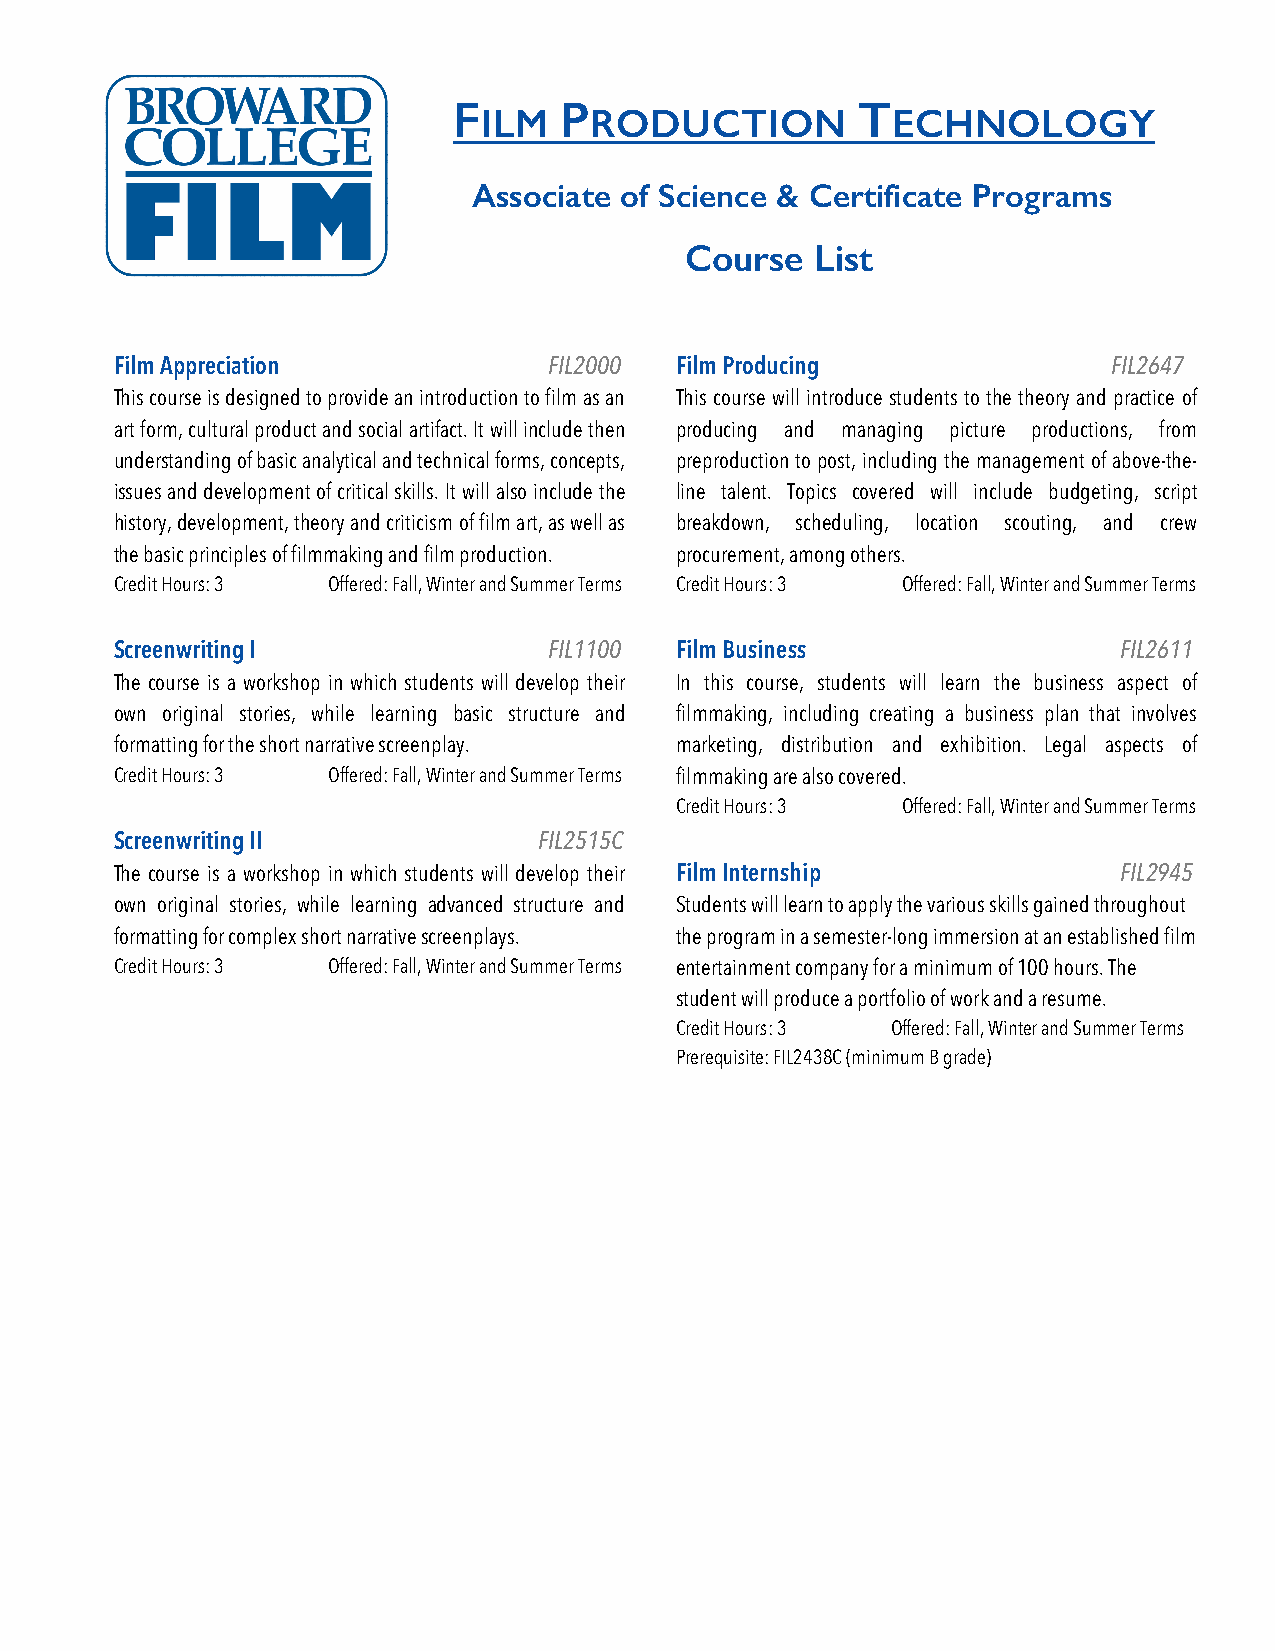
F      P                   T
 ILM    RODUCTION           ECHNOLOGY
 Associate of Science & Certificate Programs
 Course   List
 Film Appreciation           FIL2000  Film Producing               FIL2647
 This course is designed to provide an introduction to film as an This course will introduce students to the theory and practice of
 art form, cultural product and social artifact. It will include then producing and managing picture productions, from
 understanding of basic analytical and technical forms, concepts, preproduction to post, including the management of above-the-
 issues and development of critical skills. It will also include the line talent. Topics covered will include budgeting, script
 history, development, theory and criticism of film art, as well as breakdown, scheduling, location scouting, and crew
 the basic principles of filmmaking and film production. procurement, among others.
 Credit Hours: 3 Offered: Fall, Winter and Summer Terms Credit Hours: 3 Offered: Fall, Winter and Summer Terms
 Screenwriting I             FIL1100  Film Business                FIL2611
 The course is a workshop in which students will develop their In this course, students will learn the business aspect of
 own original stories, while learning basic structure and filmmaking, including creating a business plan that involves
 formatting for the short narrative screenplay. marketing, distribution and exhibition. Legal aspects of
 Credit Hours: 3 Offered: Fall, Winter and Summer Terms filmmaking are also covered.
 Credit Hours: 3 Offered: Fall, Winter and Summer Terms
 Screenwriting II            FIL2515C
 The course is a workshop in which students will develop their Film Internship FIL2945
 own original stories, while learning advanced structure and Students will learn to apply the various skills gained throughout
 formatting for complex short narrative screenplays. the program in a semester-long immersion at an established film
 Credit Hours: 3 Offered: Fall, Winter and Summer Terms entertainment company for a minimum of 100 hours. The
 student will produce a portfolio of work and a resume.
 Credit Hours: 3 Offered: Fall, Winter and Summer Terms
 Prerequisite: FIL2438C (minimum B grade)